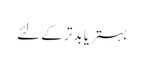
بہتر یا بدتر کے لئے